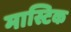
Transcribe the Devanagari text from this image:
मास्टिक